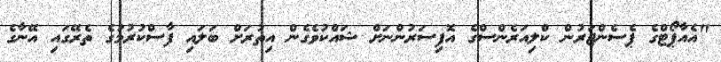
"އެއާޕޯޓްގެ ޕެސެންޖަރުން ކްލިއަރެންސްގެ އޮފިސަރުންނަށް ޝައްކުވެގެން އިތުރަށް ބަލައި ފާސްކުރުމުގެ ތެރޭގައި އޭނާގެ